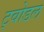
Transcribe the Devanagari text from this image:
ट्वोडल